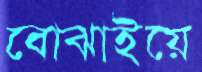
বোঝাইয়ে